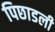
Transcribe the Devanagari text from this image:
पिछाडली